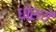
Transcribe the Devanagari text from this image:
धाऱायें